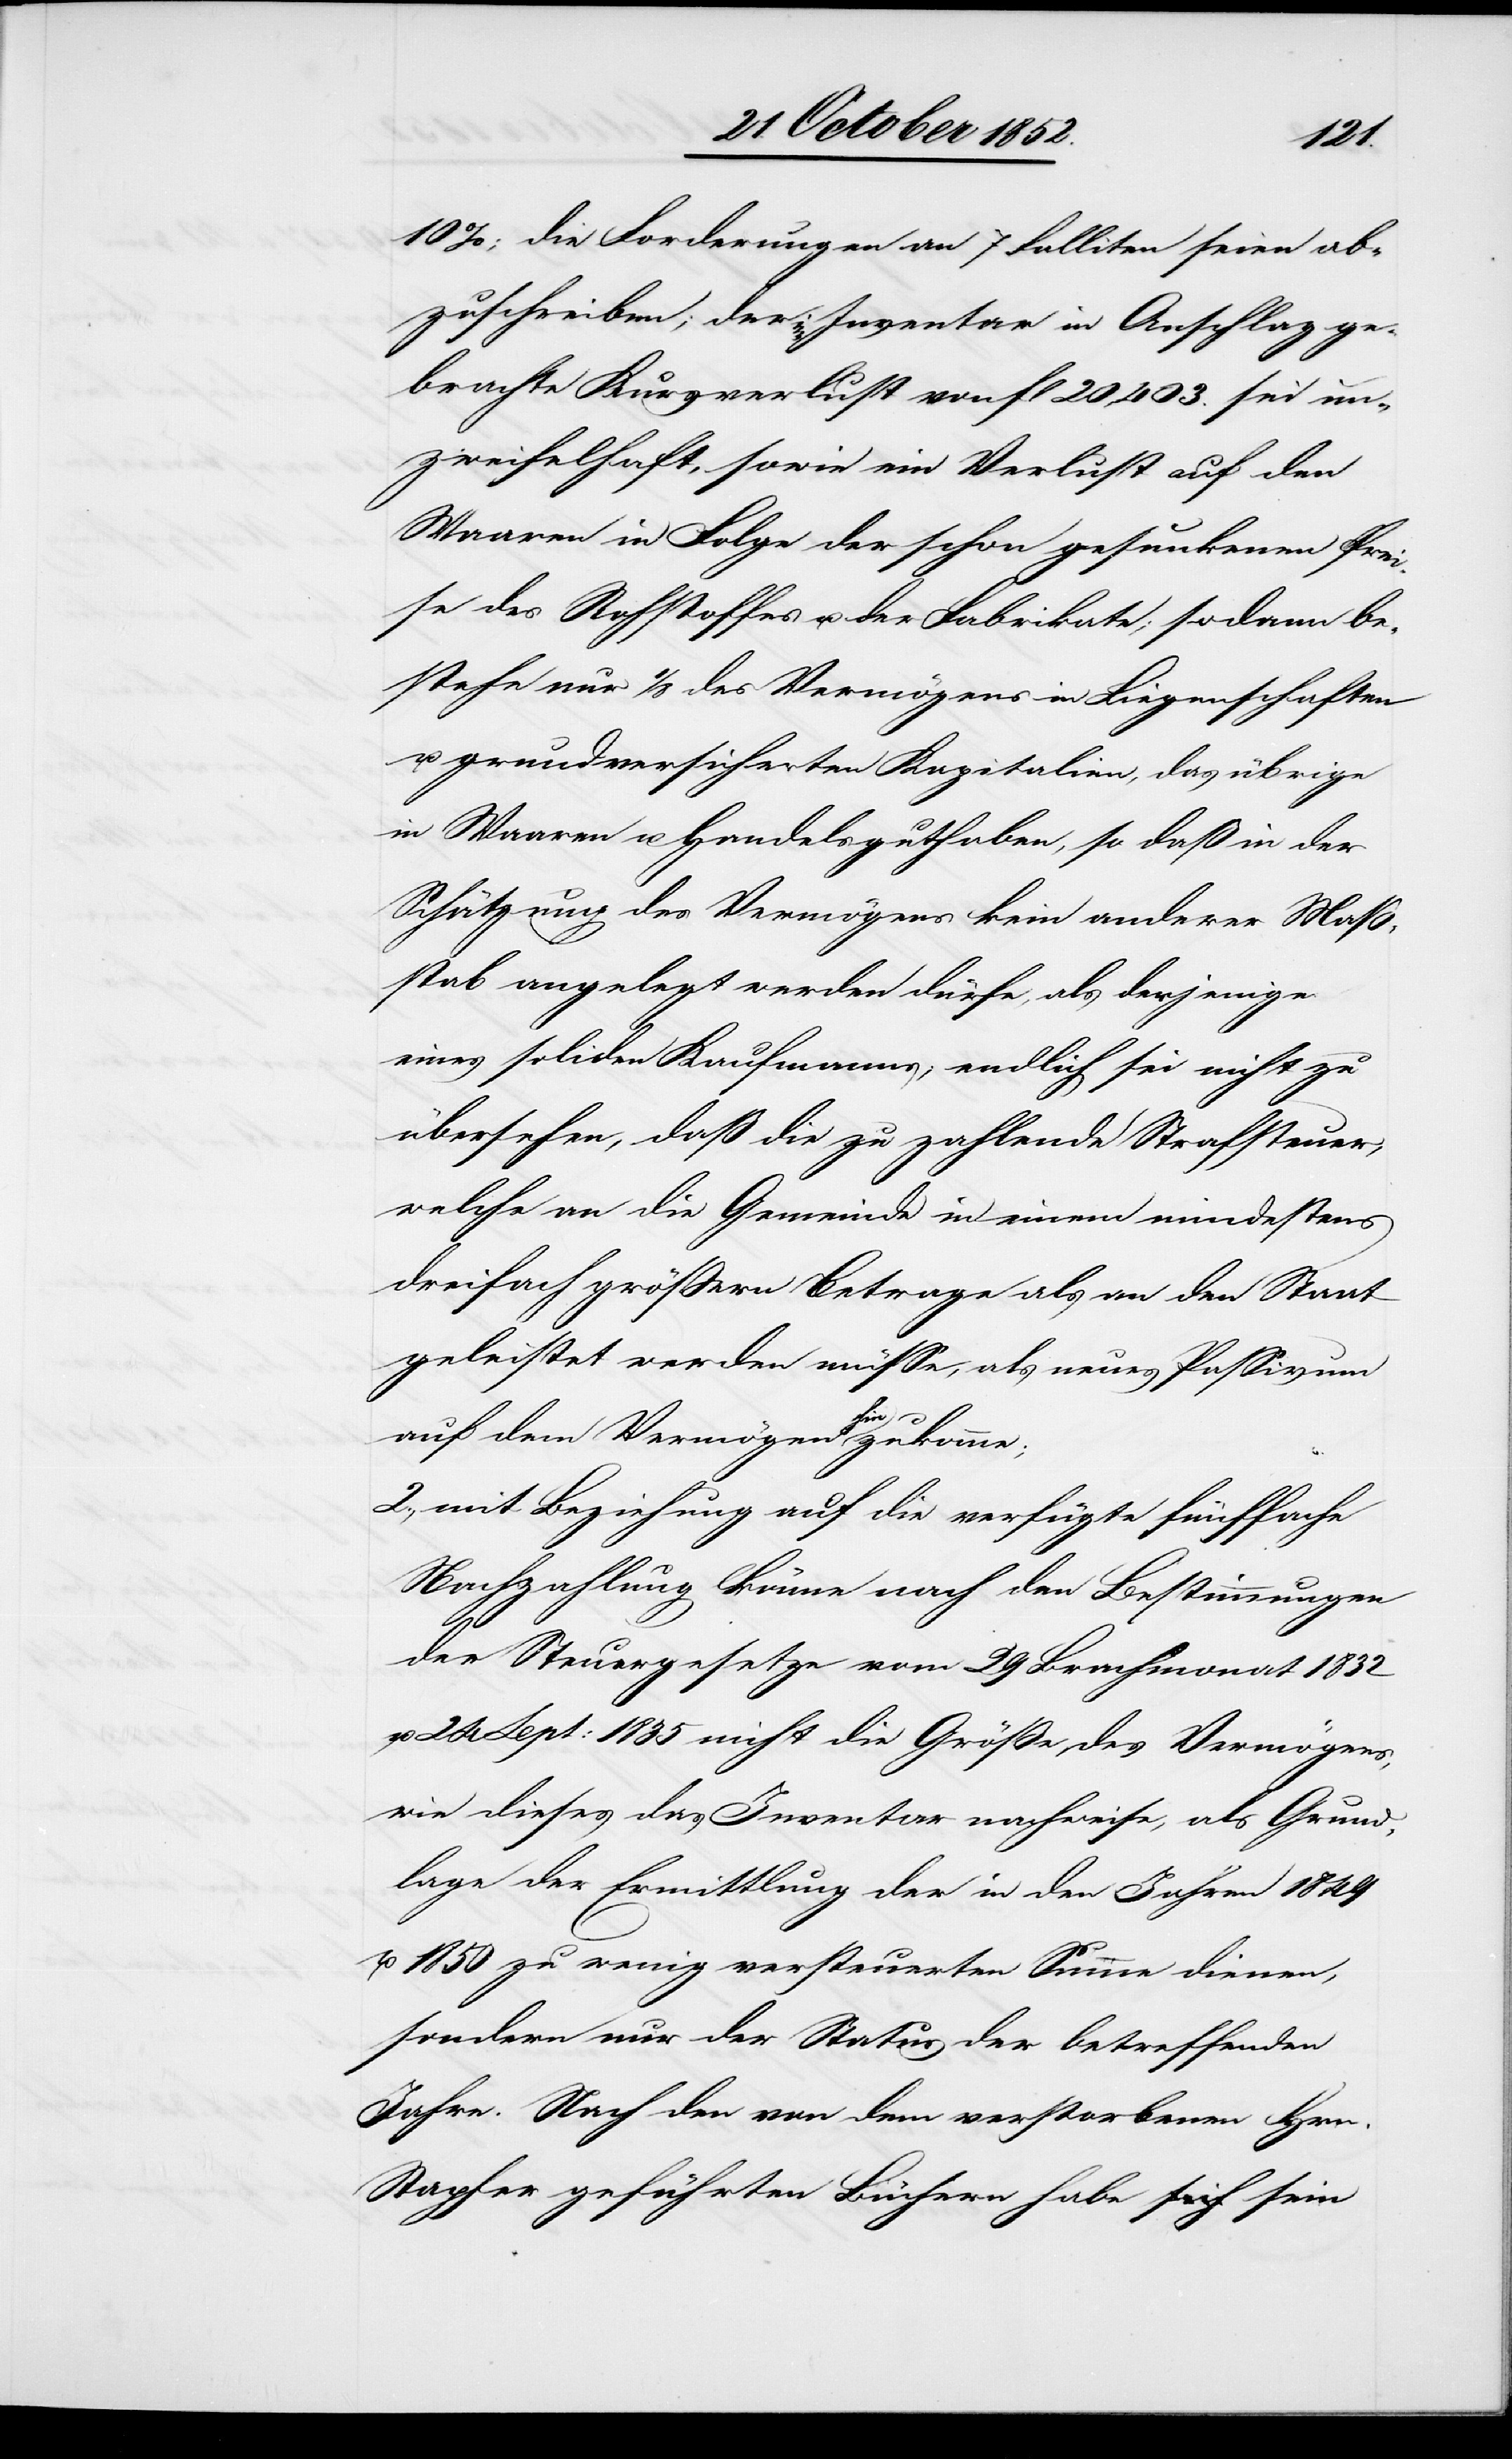
10%; die Forderungen an 7 Falliten seien ab¬
zuschreiben; der im Inventar in Anschlag ge¬
brachte Kursverlust von fl 20,403. sei un¬
zweifelhaft, sowie ein Verlust auf den
Waaren in Folge der schon gesunkenen Prei¬
se des Rohstoffes u. der Fabrikate; sodann be¬
stehe nur 1/8 des Vermögens in Liegenschaften
u. grundversicherten Kapitalien, das übrige
in Waaren u. Handelsguthaben, so daß in der
Schätzung des Vermögens kein anderer Maß¬
stab angelegt werden dürfe, als derjenige
eines soliden Kaufmanns; endlich sei nicht zu
übersehen, daß die zu zahlende Strafsteuer,
welche an die Gemeinde in einem mindestens
dreifach größern Betrage als an den Staat
geleistet werden müsse, als neues Passivum
auf dem Vermögen hinzukomme;
2., mit Beziehung auf die verfügte fünffache
Nachzahlung könne nach den Bestimmungen
der Steuergesetze vom 29 Brachmonat 1832
u. 24 Sept: 1835 nicht die Größe des Vermögens,
wie dieses das Inventar nachweise, als Grund¬
lage der Ermittlung der in den Jahren 1849
u. 1850 zu wenig versteuerten Summe dienen,
sondern nur der Status der betreffenden
Jahre. Nach den von dem verstorbenen Hrn.
Stapfer geführten Büchern habe sein